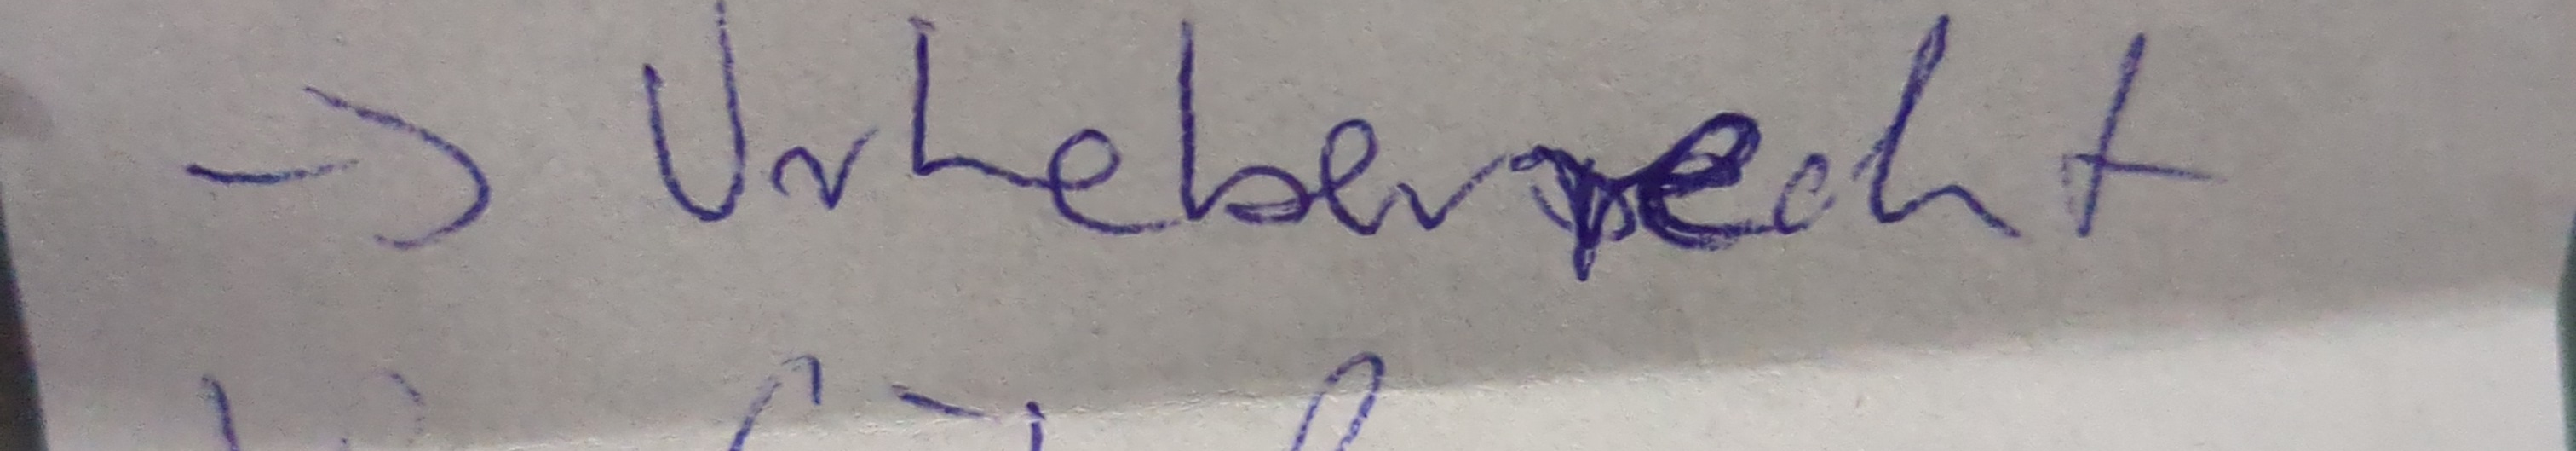
-> Urheberrecht